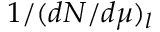
1 / ( d N / d \mu ) _ { l }